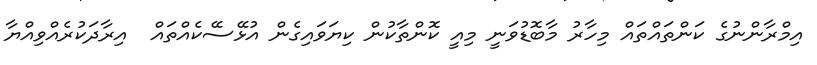
އިމްރާންނުގެ ކަންތައްތައް މިހާރު މާބޮޑުވަނީ މިއީ ކޮންތާކުން ކިޔަވައިގެން އުޅޭސޭކެއްތައް  އިރާދަކުރެއްވިއްޔާ